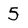
Character: 5